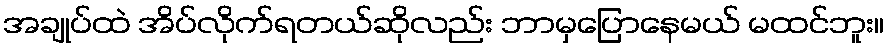
အချုပ်ထဲ အိပ်လိုက်ရတယ်ဆိုလည်း ဘာမှပြောနေမယ် မထင်ဘူး။